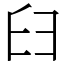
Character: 𦥑